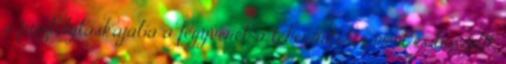
a pisztolytáskájába a fegyverét, a teherautóhoz ment és beszállt.